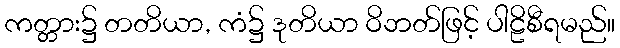
ကတ္တား၌ တတိယာ, ကံ၌ ဒုတိယာ ဝိဘတ်ဖြင့် ပါဠိစီရမည်။